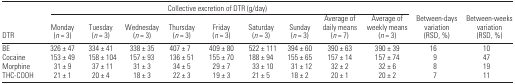
|  | <COLSPAN=9> Collective excretion of DTR (g/day) | <COLSPAN=2>  |
 | DTR | Monday (n = 3) | Tuesday (n = 3) | Wednesday (n = 3) | Thursday (n = 3) | Friday (n = 3) | Saturday (n = 3) | Sunday (n = 3) | Average of daily means (n = 7) | Average of weekly means (n = 3) | Between-days variation (RSD, %) | Between-weeks variation (RSD, %) |
 | --- | --- | --- | --- | --- | --- | --- | --- | --- | --- | --- | --- |
 | BE | 326 ± 47 | 334 ± 41 | 338 ± 35 | 407 ± 7 | 409 ± 80 | 522 ± 111 | 394 ± 60 | 390 ± 63 | 390 ± 39 | 16 | 10 |
 | Cocaine | 153 ± 49 | 158 ± 104 | 157 ± 93 | 136 ± 51 | 155 ± 70 | 188 ± 94 | 155 ± 65 | 157 ± 14 | 157 ± 74 | 9 | 47 |
 | Morphine | 31 ± 9 | 37 ± 11 | 31 ± 3 | 34 ± 5 | 29 ± 7 | 33 ± 10 | 31 ± 12 | 32 ± 2 | 32 ± 6 | 8 | 19 |
 | THC-COOH | 21 ± 1 | 20 ± 4 | 18 ± 3 | 22 ± 3 | 19 ± 3 | 21 ± 5 | 18 ± 2 | 20 ± 1 | 20 ± 2 | 7 | 11 |